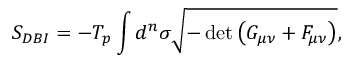
S _ { D B I } = - T _ { p } \int d ^ { n } \sigma \sqrt { - \operatorname * { d e t } { \left( G _ { \mu \nu } + \cal { F } _ { \mu \nu } \right) } } ,